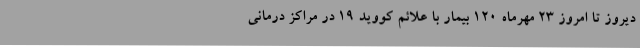
دیروز تا امروز 23 مهرماه 120 بیمار با علائم کووید 19 در مراکز درمانی